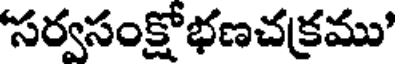
'సర్వసంక్షోభణచక్రము'